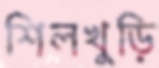
শিলখুড়ি